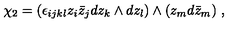
\chi _ { 2 } = ( \epsilon _ { i j k l } z _ { i } \bar { z } _ { j } d z _ { k } \wedge d z _ { l } ) \wedge ( z _ { m } d \bar { z } _ { m } ) \ ,